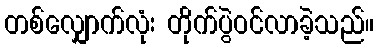
တစ်လျှောက်လုံး တိုက်ပွဲဝင်လာခဲ့သည်။